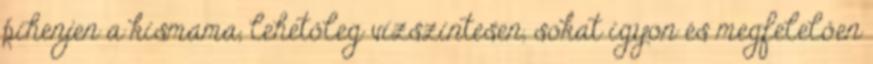
pihenjen a kismama, lehetőleg vízszintesen, sokat igyon és megfelelően